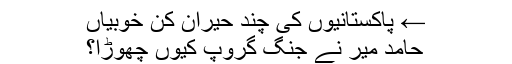
← پاکستانیوں کی چند حیران کن خوبیاں
حامد میر نے جنگ گروپ کیوں چھوڑا؟